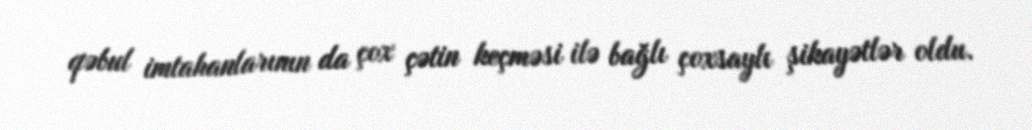
qəbul imtahanlarının da çox çətin keçməsi ilə bağlı çoxsaylı şikayətlər oldu.